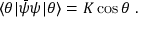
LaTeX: \langle \theta | \bar { \psi } \psi | \theta \rangle = K \cos \theta \; .